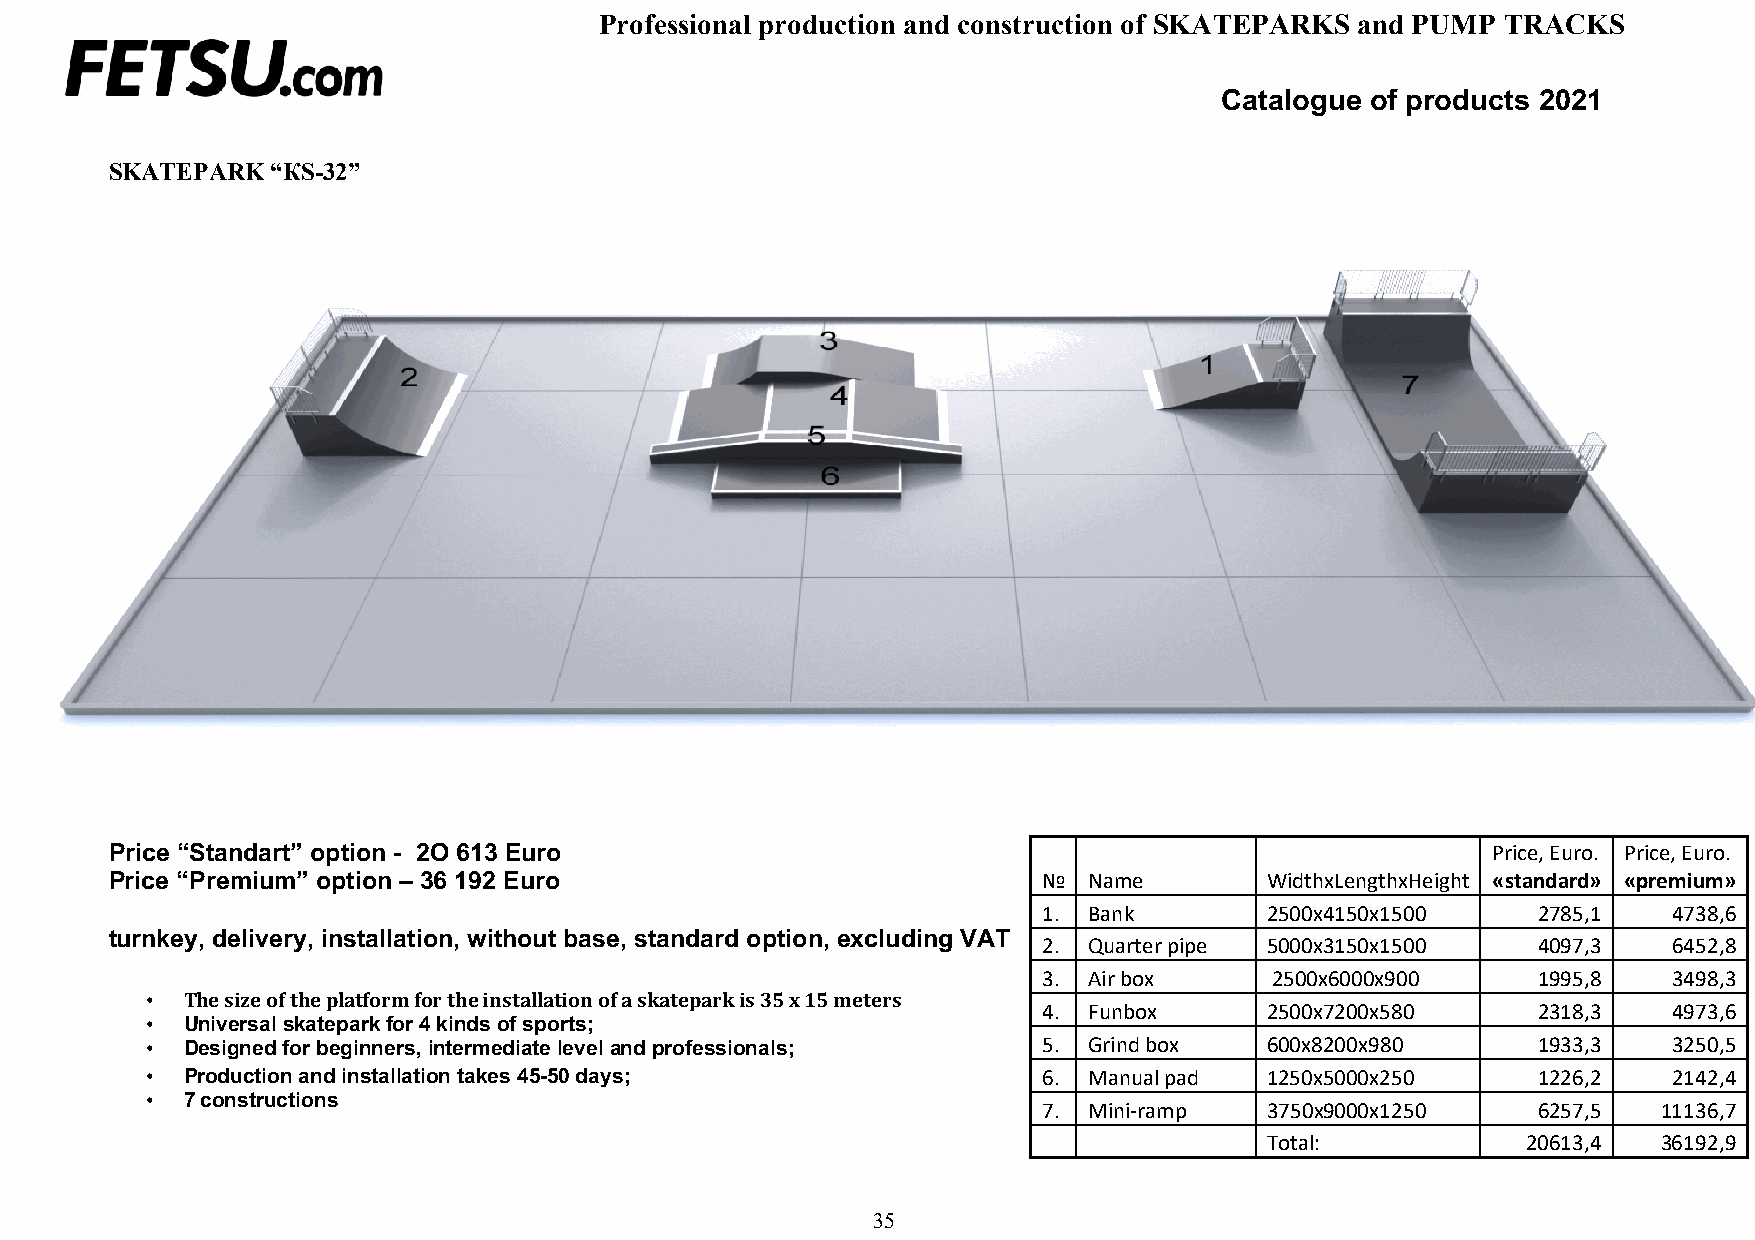
Professional production and construction of SKATEPARKS and PUMP TRACKS
 Catalogue of products 2021
 SKATEPARK  “КS-32”
 Price “Standart” option - 2O 613 Euro                                                       Price, Euro. Price, Euro.
 Price “Premium” option – 36 192 Euro                          №  Name        WidthxLengthxHeight «standard» «premium»
 1. Bank        2500х4150х1500    2785,1   4738,6
 turnkey, delivery, installation, without base, standard option, excluding VAT
 2. Quarter pipe 5000х3150х1500   4097,3   6452,8
 3. Air box     2500х6000х900     1995,8   3498,3
 • The size of the platform for the installation of a skatepark is 35 x 15 meters
 • Universal skatepark for 4 kinds of sports;
 4. Funbox      2500х7200х580     2318,3   4973,6
 • Designed for beginners, intermediate level and professionals; 5. Grind box 600х8200х980   1933,3   3250,5
 • Production and installation takes 45-50 days;            6. Manual pad  1250х5000х250     1226,2   2142,4
 • 7 constructions
 7. Mini-ramp   3750х9000х1250    6257,5  11136,7
 Total:           20613,4  36192,9
 35